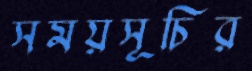
সময়সূচির